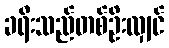
ခရီးသည်တစ်ဦးလျှင်